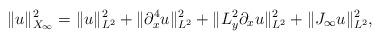
LaTeX: \begin{align*}\|u\|_{X_\infty}^2 = \|u\|_{L^2}^2 +\|\partial_x^4u\|_{L^2}^2 + \|L_y^2\partial_x u\|_{L^2}^2 + \|J_\infty u\|_{L^2}^2,\end{align*}